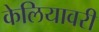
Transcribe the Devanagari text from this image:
केलियावरी